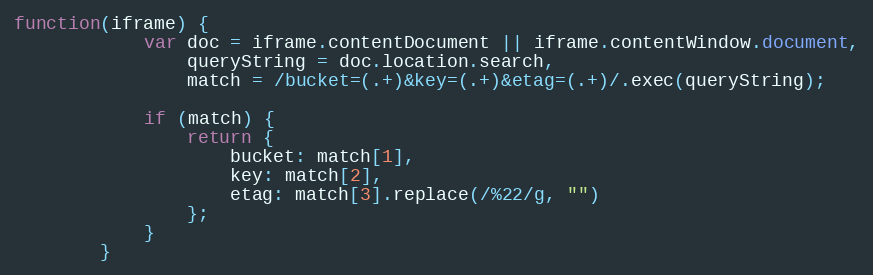
Language: JavaScript
function(iframe) {
            var doc = iframe.contentDocument || iframe.contentWindow.document,
                queryString = doc.location.search,
                match = /bucket=(.+)&key=(.+)&etag=(.+)/.exec(queryString);

            if (match) {
                return {
                    bucket: match[1],
                    key: match[2],
                    etag: match[3].replace(/%22/g, "")
                };
            }
        }